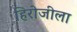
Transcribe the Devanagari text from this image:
हिरोजीला